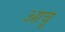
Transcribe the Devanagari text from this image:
आवृ